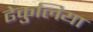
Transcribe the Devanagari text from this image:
ढेकुलिया